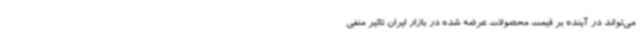
می‌تواند در آینده بر قیمت محصولات عرضه شده در بازار ایران تاثیر منفی